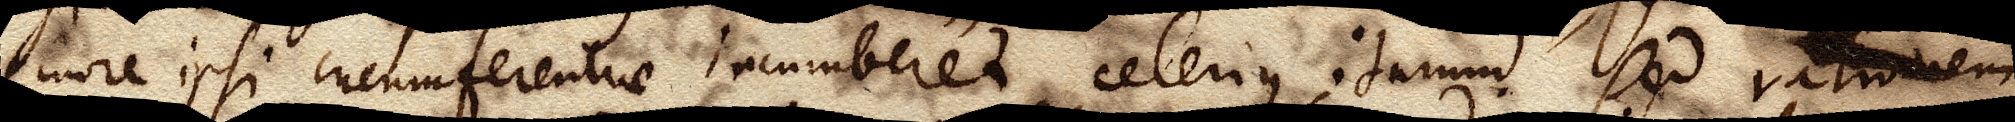
more ipsi circumferentiae incumberet, celerius iturum. Sed rationem